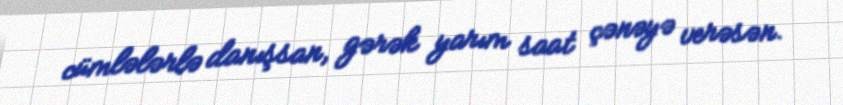
cümlələrlə danışsan, gərək yarım saat çənəyə verəsən.